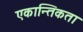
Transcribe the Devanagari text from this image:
एकान्तिकता